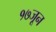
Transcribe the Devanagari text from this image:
१७जून